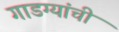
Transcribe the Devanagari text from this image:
गाडग्यांची